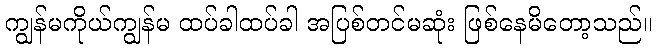
ကျွန်မကိုယ်ကျွန်မ ထပ်ခါထပ်ခါ အပြစ်တင်မဆုံး ဖြစ်နေမိတော့သည်။